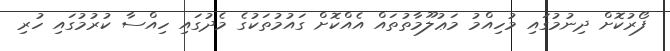
ފޯރުކޮށް ދިނުމުގައި މުހިއްމު މަޢުލޫމާތުތައް އެއްކޮށް ގައުމުތަކުގެ މެދުގައި ހިއްސާ ކުރުމުގައި ހުރި